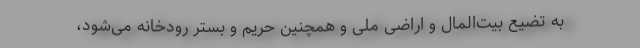
به تضیع بیت‌المال و اراضی ملی و همچنین حریم و بستر رودخانه می‌شود،